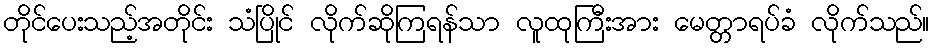
တိုင်ပေးသည့်အတိုင်း သံပြိုင် လိုက်ဆိုကြရန်သာ လူထုကြီးအား မေတ္တာရပ်ခံ လိုက်သည်။